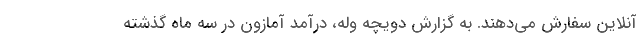
آنلاین سفارش می‌دهند. به گزارش دویچه وله، درآمد آمازون در سه ماه گذشته